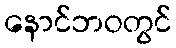
နောင်ဘဝတွင်